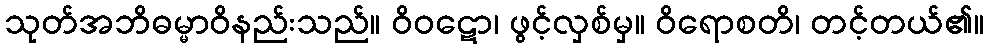
သုတ်အဘိဓမ္မာဝိနည်းသည်။ ဝိဝဋော၊ ဖွင့်လှစ်မှ။ ဝိရောစတိ၊ တင့်တယ်၏။